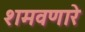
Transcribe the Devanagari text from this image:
शमवणारे